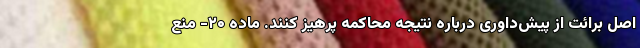
اصل برائت از پیش‌داوری درباره نتیجه محاکمه پرهیز کنند. ماده ۲۰- منع